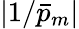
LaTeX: |1/\bar{p}_{m}|